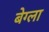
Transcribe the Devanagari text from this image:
बेग्ला